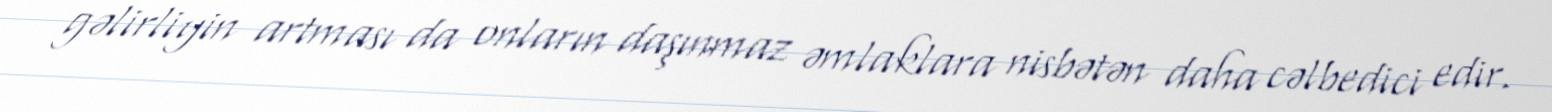
gəlirliyin artması da onların daşınmaz əmlaklara nisbətən daha cəlbedici edir.